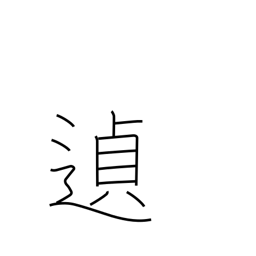
Meaning: as might be expected